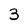
Character: 3